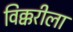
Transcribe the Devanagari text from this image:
विक्करीला